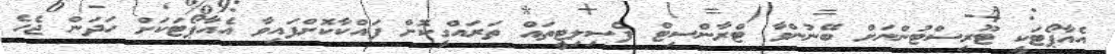
އެއާޕޯޓަކީ ޓޫރިސްޓުންނަށް ބޭނުންވާ ޓްރާންސިޓް ފެސިލިޓީތައް ތަރައްގީކޮށް ފައްކާކޮށްފައިވާ އެއާޕޯޓަކަށް ހަދަން ޖެހެ